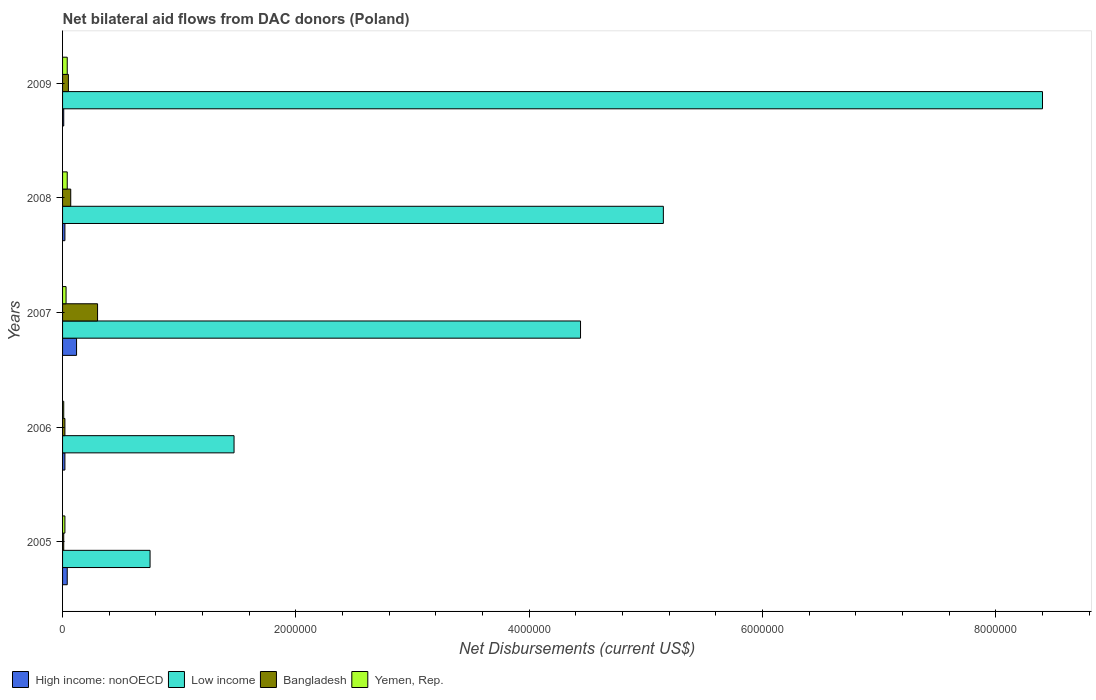
| Years | High income: nonOECD | Low income | Bangladesh | Yemen, Rep. |
 | --- | --- | --- | --- | --- |
 | 2005 | 4e+04 | 7.5e+05 | 1e+04 | 2e+04 |
 | 2006 | 2e+04 | 1.47e+06 | 2e+04 | 1e+04 |
 | 2007 | 1.2e+05 | 4.44e+06 | 3e+05 | 3e+04 |
 | 2008 | 2e+04 | 5.15e+06 | 7e+04 | 4e+04 |
 | 2009 | 1e+04 | 8.4e+06 | 5e+04 | 4e+04 |